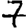
Digit: 7